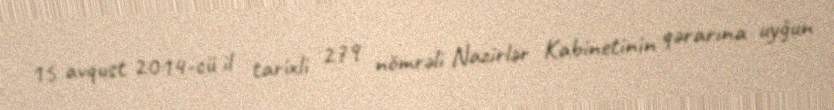
15 avqust 2014-cü il tarixli 279 nömrəli Nazirlər Kabinetinin qərarına uyğun